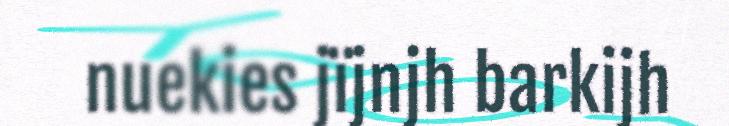
nuekies jïjnjh barkijh